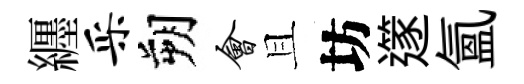
纒采朔会且坊𨗹氳